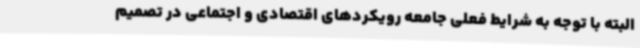
البته با توجه به شرایط فعلی جامعه رویکردهای اقتصادی و اجتماعی در تصمیم